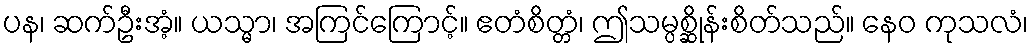
ပန၊ ဆက်ဦးအံ့။ ယသ္မာ၊ အကြင်ကြောင့်။ ဧတံစိတ္တံ၊ ဤသမ္ပစ္ဆိုန်းစိတ်သည်။ နေဝ ကုသလံ၊